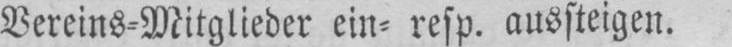
Vereins⸗Mitglieder ein⸗ resp. aussteigen.